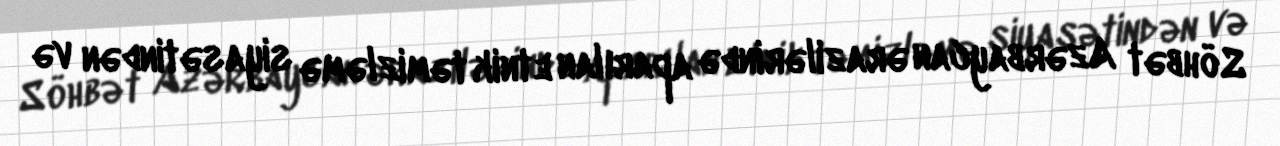
Söhbət Azərbaycan ərazilərində aparılan etnik təmizləmə siyasətindən və